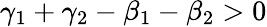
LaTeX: \gamma_{1}+\gamma_{2}-\beta_{1}-\beta_{2}>0